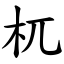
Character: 杌